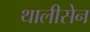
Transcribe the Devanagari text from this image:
थालीसेन